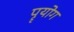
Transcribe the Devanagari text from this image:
पॄयोग